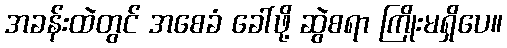
အခန်းထဲတွင် အစေခံ ခေါ်ဖို့ ဆွဲစရာ ကြိုးမရှိပေ။